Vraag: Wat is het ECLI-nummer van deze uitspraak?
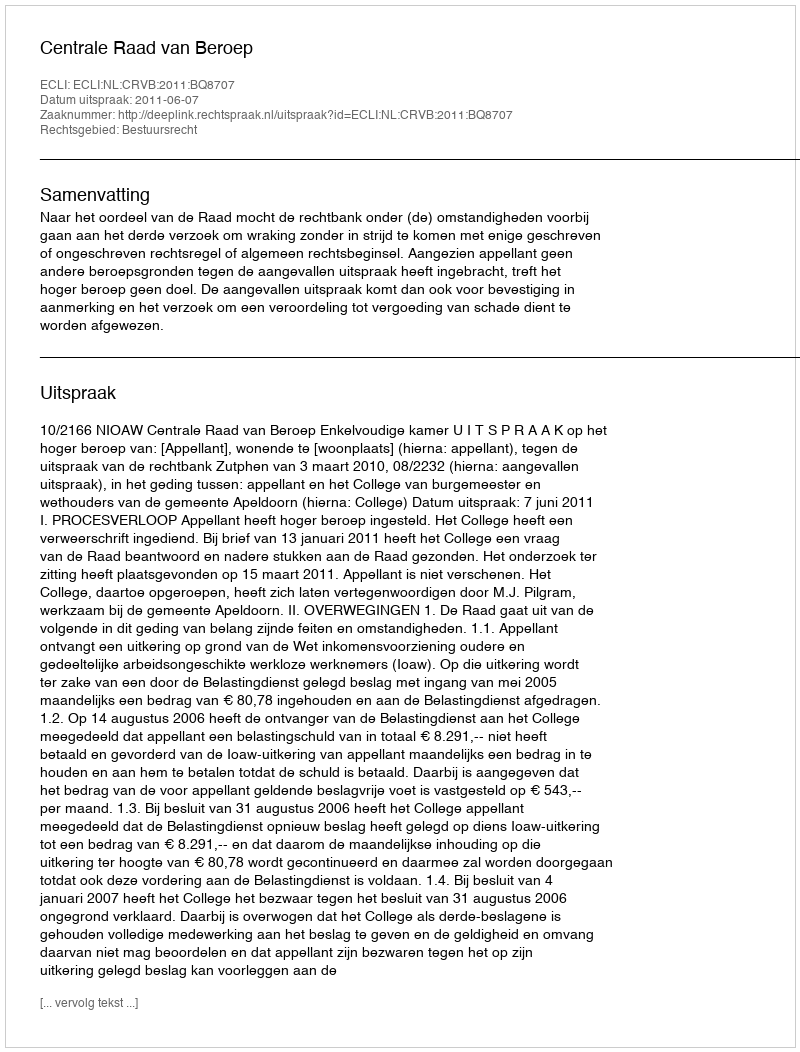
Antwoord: ECLI:NL:CRVB:2011:BQ8707